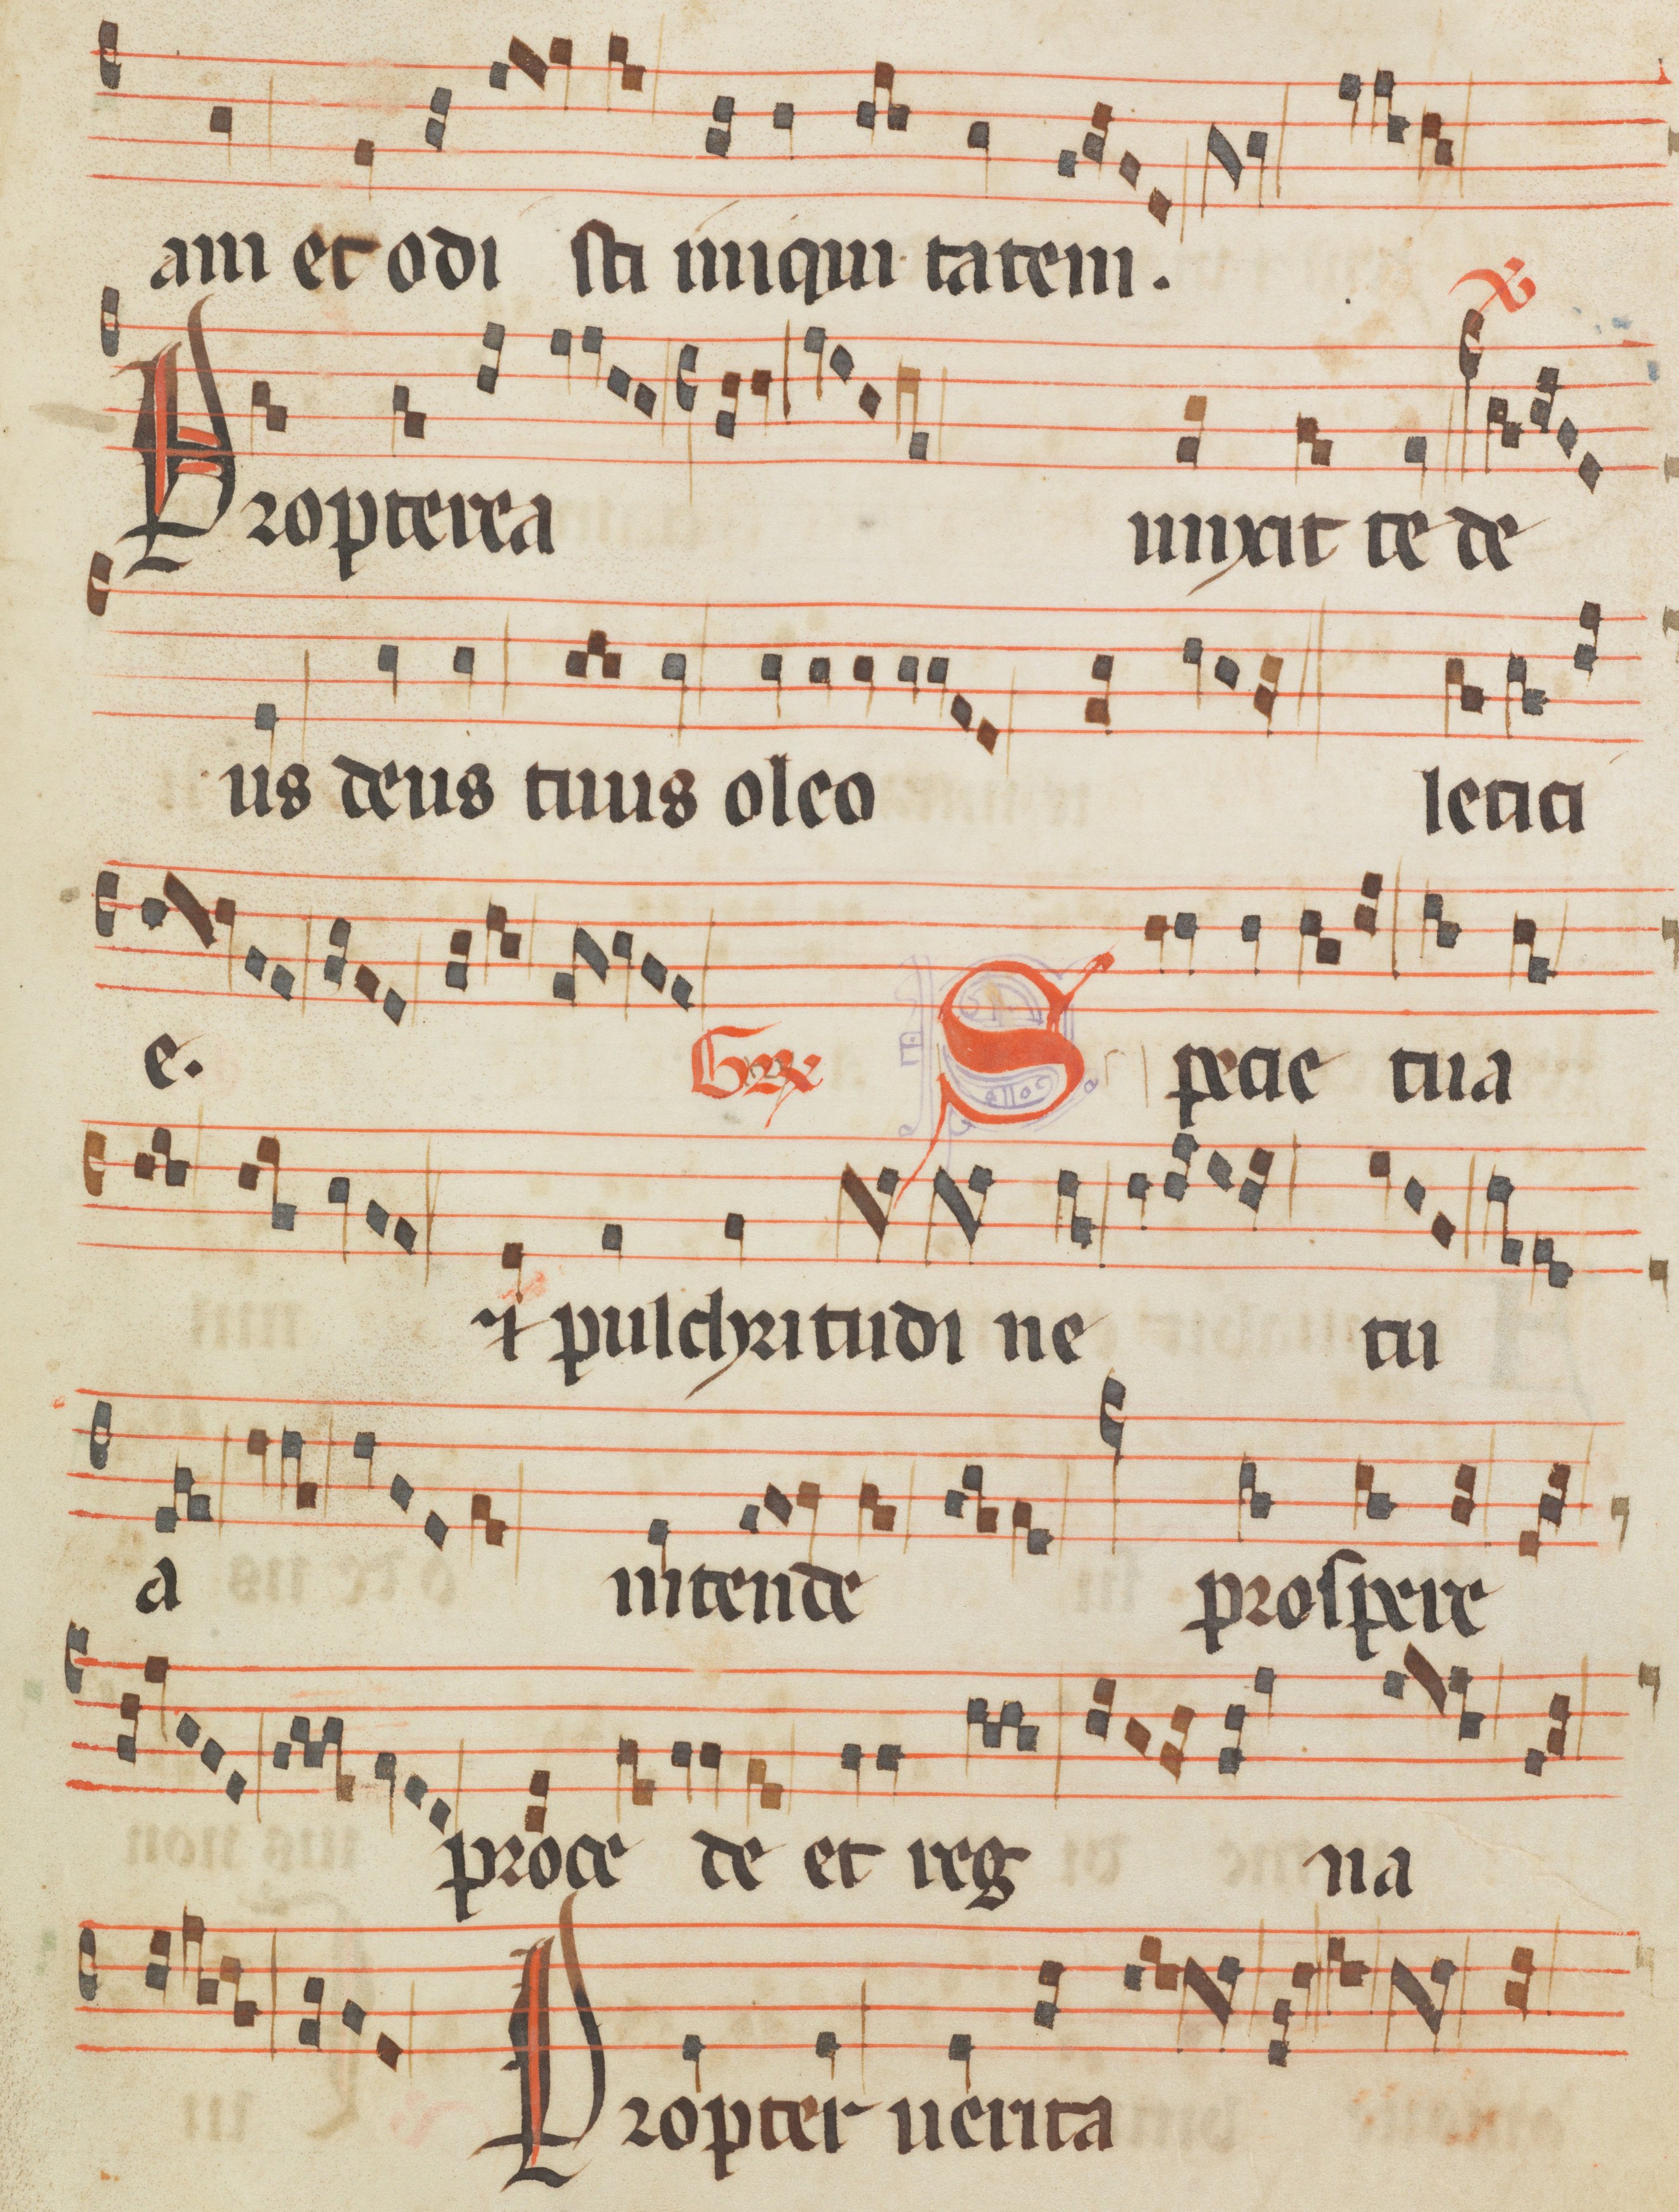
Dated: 1285–1315